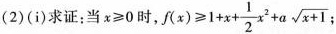
(2)(i)求证：当$$x\geqslant 0$$时，$$f(x)\geqslant 1+x+\frac{1}{2}x^{2}+a \sqrt{x+1}$$;